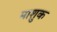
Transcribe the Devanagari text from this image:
माशुक